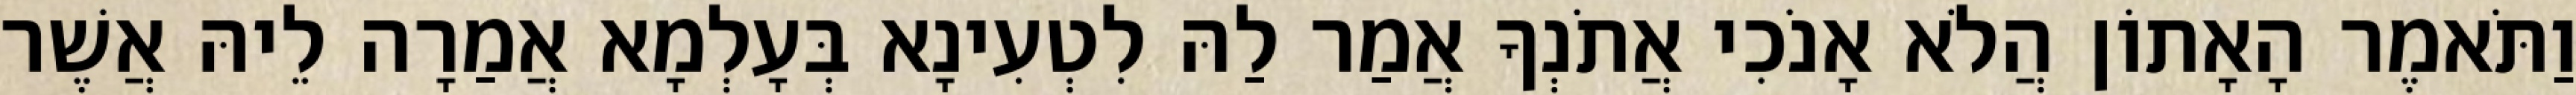
וַתֹּאמֶר הָאָתוֹן הֲלֹא אָנֹכִי אֲתֹנְךָ אֲמַר לַהּ לִטְעִינָא בְּעָלְמָא אֲמַרָה לֵיהּ אֲשֶׁר